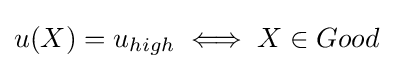
u(X)=u_{high}\iff X\in Good